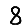
Digit: 8